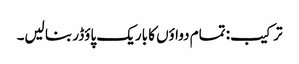
ترکیب: تمام دواؤں کا باریک پاؤڈر بنا لیں۔